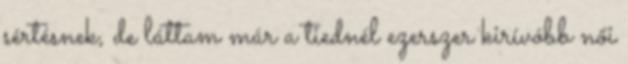
sértésnek, de láttam már a tiednél ezerszer kirívóbb női